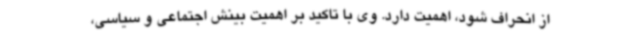
از انحراف شود، اهمیت دارد. وی با تاکید بر اهمیت بینش اجتماعی و سیاسی،